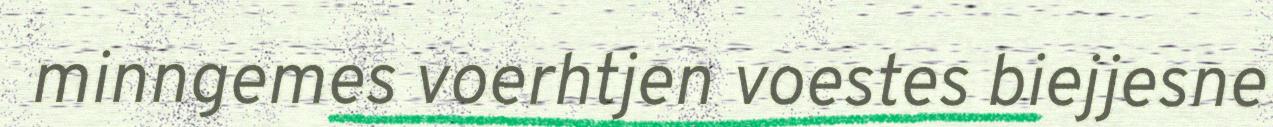
minngemes voerhtjen voestes biejjesne